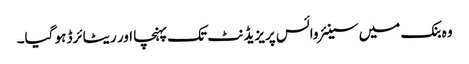
وہ بنک میں سینئر وائس پریزیڈنٹ تک پہنچا اور ریٹائرڈ ہو گیا۔